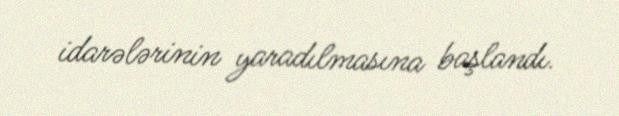
idarələrinin yaradılmasına başlandı.